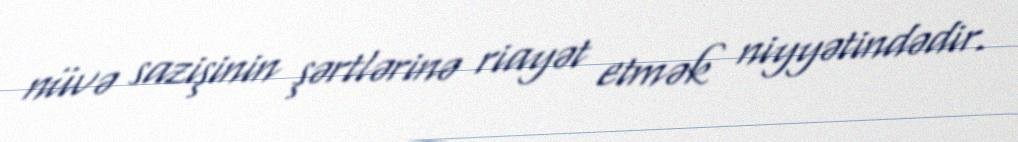
nüvə sazişinin şərtlərinə riayət etmək niyyətindədir.